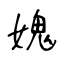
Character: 媿